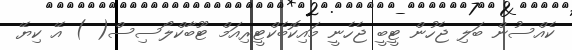
ކެއްސުން ބަލި ޖެހުން ޓީބީ ޖެހެނީ މައިކޮބެކްޓީރިއަމް ޓޫބާކްލޯސިސް( ) އޭ ކިޔޭ